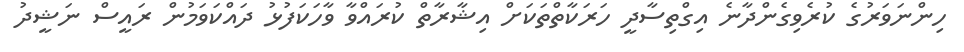
ހިންނަވަރުގެ ކުރެވިގެންދާނެ އިގްތިސާދީ ހަރަކާތްތަކަށް އިޝާރާތް ކުރައްވާ ވާހަކަފުޅު ދައްކަވަމުން ރައީސް ނަޝީދު